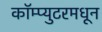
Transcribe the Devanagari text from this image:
कॉम्प्युटरमधून